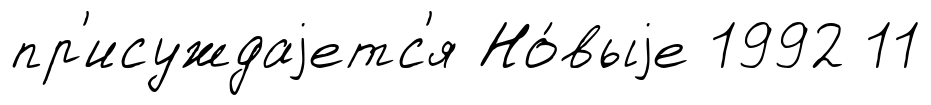
пр'исуждаjетс'я Но́выjе 1992 11